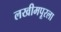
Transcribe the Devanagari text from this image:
लखीमपूरला